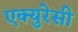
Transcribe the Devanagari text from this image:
एक्युरेसी